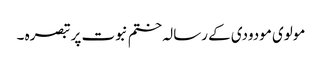
مولوی مودودی کے رسالہ ختم نبوت پر تبصرہ ۔